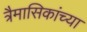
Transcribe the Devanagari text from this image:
त्रैमासिकांच्या